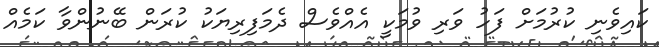
ކައިވެނި ކުރުމަށް ފަހު ވަރި ވުމަކީ އެއްވެސް ދެމަފިރިޔަކު ކުރަން ބޭނުންވާ ކަމެއް